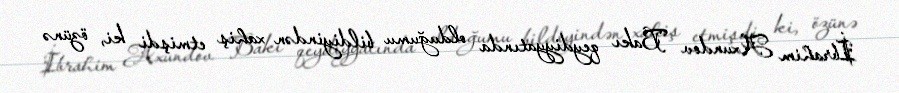
İbrahim Axundov Bakı qeydiyyatında olduğumu bildiyindən xahiş etmişdi ki, özünə